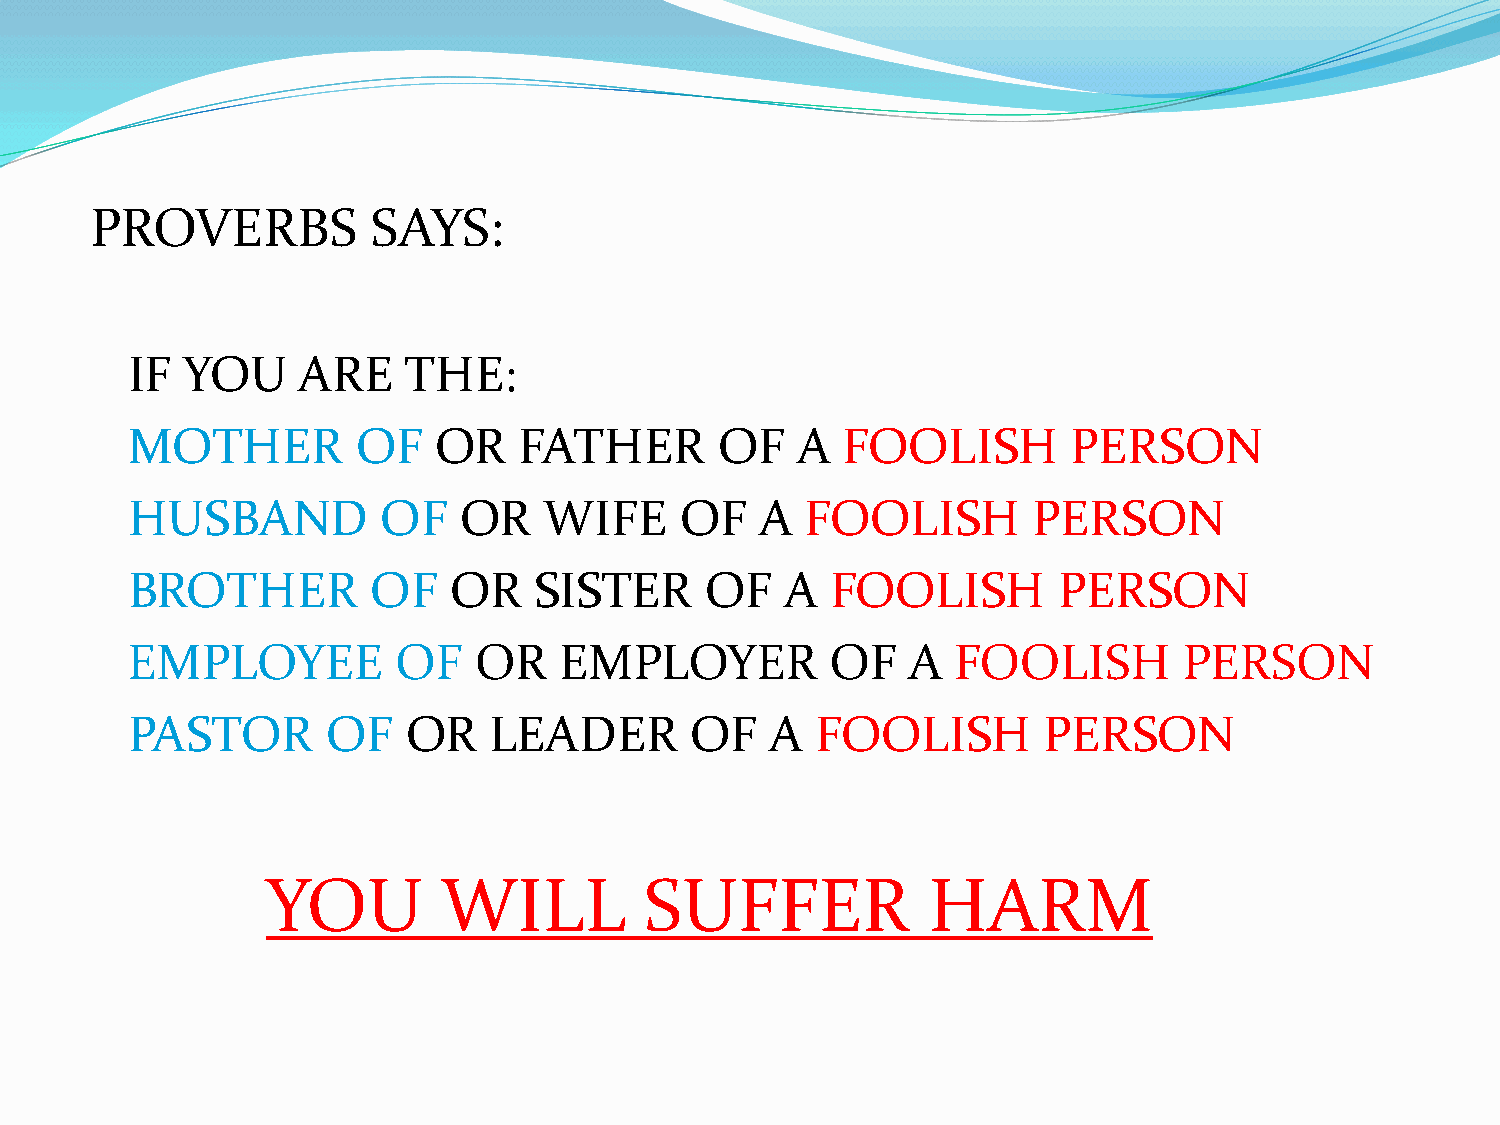
PROVERBS           SAYS:
 IF  YOU     ARE    THE:
 MOTHER          OF   OR   FATHER        OF   A  FOOLISH        PERSON
 HUSBAND          OF   OR    WIFE     OF   A  FOOLISH        PERSON
 BROTHER          OF   OR   SISTER      OF   A  FOOLISH        PERSON
 EMPLOYEE          OF   OR    EMPLOYER          OF   A  FOOLISH        PERSON
 PASTOR        OF   OR   LEADER        OF   A  FOOLISH        PERSON
 YOU        WILL          SUFFER            HARM